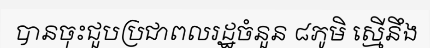
បានចុះជួបប្រជាពលរដ្ឋចំនួន ៨ភូមិ ស្មើនឹង